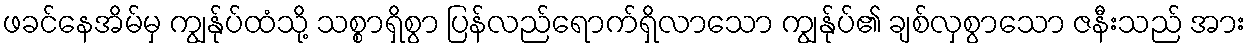
ဖခင်နေအိမ်မှ ကျွန်ုပ်ထံသို့ သစ္စာရှိစွာ ပြန်လည်ရောက်ရှိလာသော ကျွန်ုပ်၏ ချစ်လှစွာသော ဇနီးသည် အား